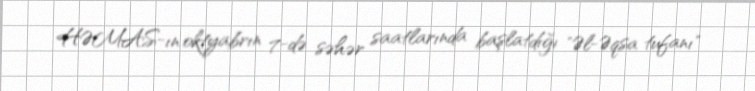
HƏMAS-ın oktyabrın 7-də səhər saatlarında başlatdığı "Əl-Əqsa tufanı"